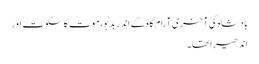
بادشاہ کی آخری آرام گاہ کے اندر بَدبْو، موت کا سکوت اور
اندھیرا تھا۔